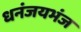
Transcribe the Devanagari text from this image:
धनंजयभंज